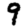
Digit: 9